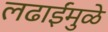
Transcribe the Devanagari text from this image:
लढाईंमुळे